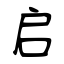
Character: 启